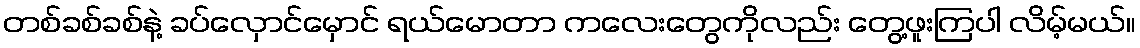
တစ်ခစ်ခစ်နဲ့ ခပ်လှောင်မှောင် ရယ်မောတာ ကလေးတွေကိုလည်း တွေ့ဖူးကြပါ လိမ့်မယ်။